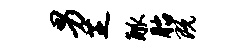
男芝觚胎既